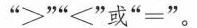
”~””≤”或”=”。